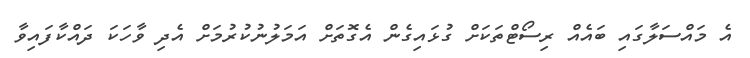
އެ މައްސަލާގައި ބައެއް ރިސޯޓްތަކަށް ގުޅައިގެން އެގޮތަށް އަމަލުނުކުރުމަށް އެދި ވާހަކަ ދައްކާފައިވާ